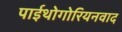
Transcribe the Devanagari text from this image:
पाईथोगोरियनवाद